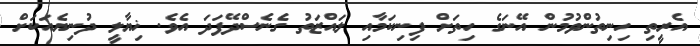
އެރީތި ހިނިތުންވުމުން އޭނަގެ ހިތަށް ފިނިކަމާއި ލައްޒަތު ގެނެސްދޭފަދަ އެވެ. ޚިޔާލީ ދުނިޔެއަކަށް